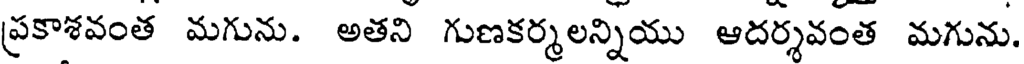
ప్రకాశవంత మగును. అతని గుణకర్మలన్నియు ఆదర్శవంత మగును.